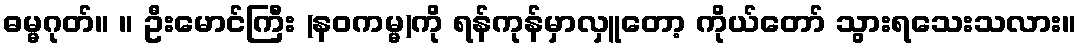
ဓမ္မဂုတ်။ ။ ဦးမောင်ကြီး (နဝကမ္မ)ကို ရန်ကုန်မှာလှူတော့ ကိုယ်တော် သွားရသေးသလား။